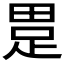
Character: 𤲊